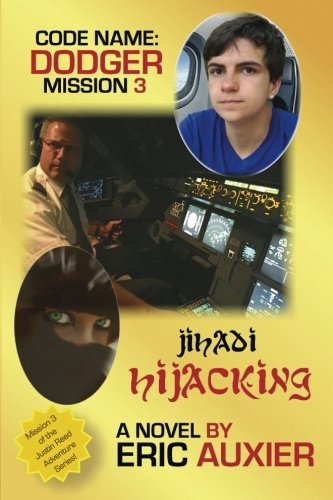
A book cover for Jihadi Hijacking: Code Name: Dodger Mission 3 (Volume 3); Eric Auxier; Teen & Young Adult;